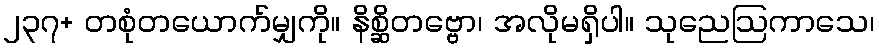
၂၃၇+ တစုံတယောက်မျှကို။ နိစ္ဆိတဗ္ဗော၊ အလိုမရှိပါ။ သုညေဩကာသေ၊